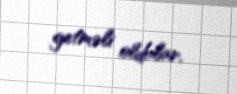
getməli oldular.